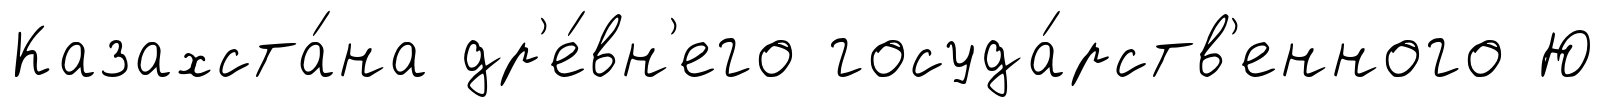
Казахста́на др'е́вн'его госуда́рств'енного Ю